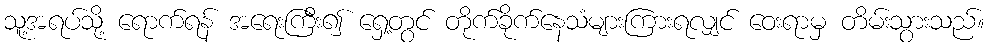
သူ့အရပ်သို့ ရောက်ရန် အရေးကြီး၍ ရှေ့တွင် တိုက်ခိုက်နေသံများကြားရလျှင် ဝေးရာမှ တိမ်းသွားသည်။